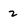
Character: 2